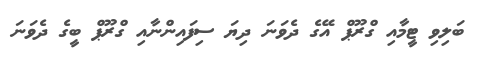
ބަލިވި ޓީމާއި ގްރޫޕް އޭގެ ދެވަނަ ދިޔަ ސިފައިންނާއި ގްރޫޕް ބީގެ ދެވަނަ